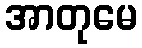
အာတုမေ